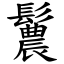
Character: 鬞